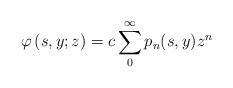
LaTeX: \begin{align*}\varphi \left( s,y;z\right) =c\sum_{0}^{\infty }p_{n}(s,y)z^{n} \end{align*}